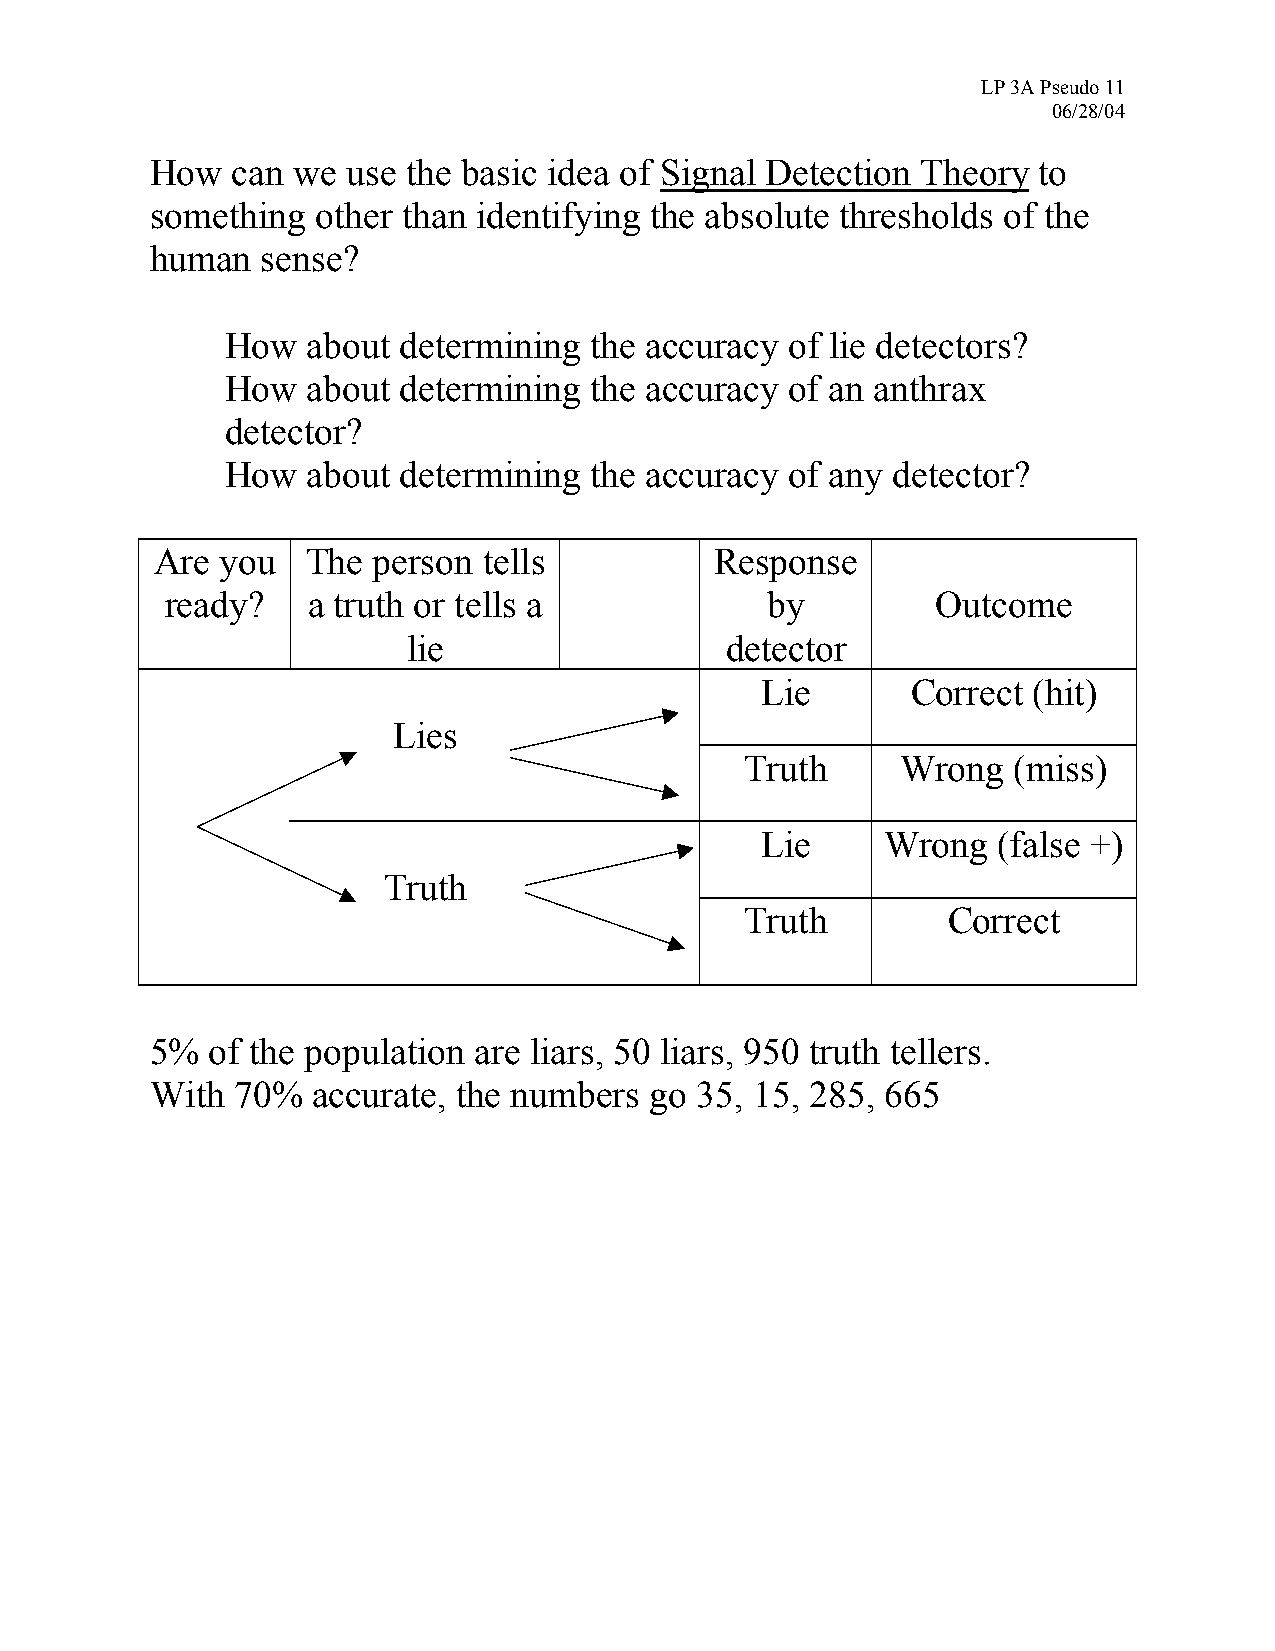
LP 3A Pseudo 11
 06/28/04
 How  can we  use the basic idea of Signal Detection Theory to
 something  other than identifying the absolute thresholds of the
 human  sense?
 •  How  about determining  the accuracy of lie detectors?
 •  How  about determining  the accuracy of an anthrax
 detector?
 •  How  about determining  the accuracy of any detector?
 Are  you  The  person tells          Response
 ready?   a truth or tells a             by         Outcome
 lie                  detector
 Lie       Correct (hit)
 Lies
 Truth      Wrong  (miss)
 Lie      Wrong  (false +)
 Truth
 Truth         Correct
 5%  of the population are liars, 50 liars, 950 truth tellers.
 With  70%  accurate, the numbers go 35, 15, 285, 665